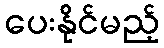
ပေးနိုင်မည့်